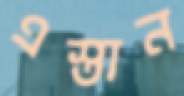
এস্তান